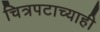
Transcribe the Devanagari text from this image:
चित्रपटाच्याही